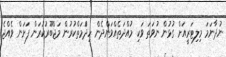
ނުދާނަމަ މިލިޓަރީއަށް ގުޅުން ނުވަތަ ވަކި މުއްދަތެއްވަންދެން ހިދަްމަތްކުރުން މަޖްބޫރުކުރަން ފަށަން ވެއްޖެ